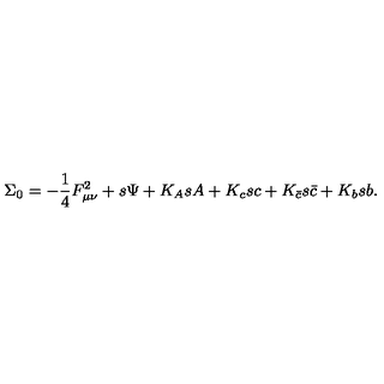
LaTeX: \Sigma _ { 0 } = - { \frac { 1 } { 4 } } F _ { \mu \nu } ^ { 2 } + s \Psi + K _ { A } s A + K _ { c } s c + K _ { \bar { c } } s \bar { c } + K _ { b } s b .